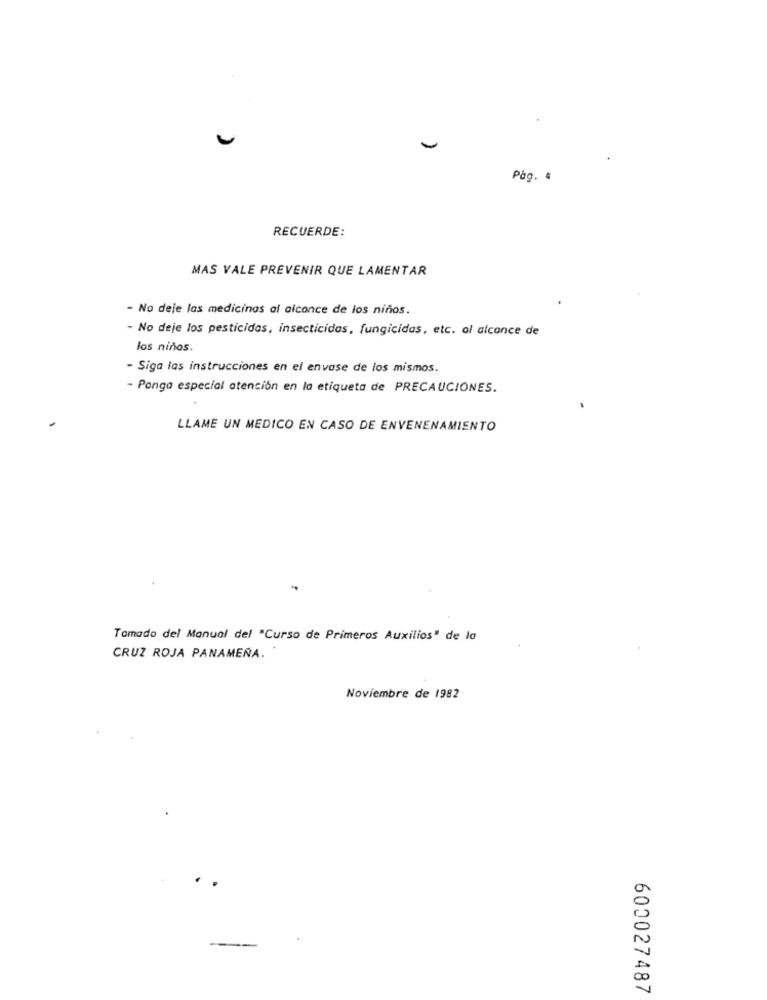
-
Påg. #
RECUERDE:
MAS VALE PREVENIR QUE LAMENTAR
- No deje las medicinas al alcance de los niños.
- No deje los pesticidas, insecticidas, fungicidas, etc. al alcance de
los niños.
- Siga las instrucciones en el envase de los mismos.
- Ponga especial atención en la etiqueta de PRECAUCIONES.
LLAME UN MEDICO EN CASO DE ENVENENAMIENTO
Tomado del Manual del "Curso de Primeros Auxilios" de la
CRUZ ROJA PANAMEÑA.
Noviembre de 1982
600027487